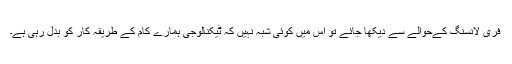
فری لانسنگ کےحوالے سے دیکھا جائے تو اس میں کوئی شبہ نہیں کہ ٹیکنالوجی ہمارے کام کے طریقہ کار کو بدل رہی ہے۔